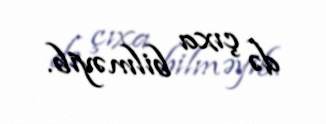
də çıxa bilməyib.